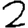
Digit: 2